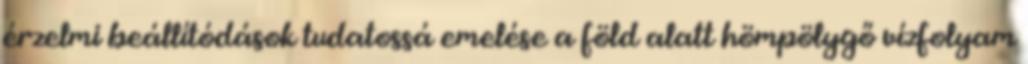
érzelmi beállítódások tudatossá emelése a föld alatt hömpölygő vízfolyam